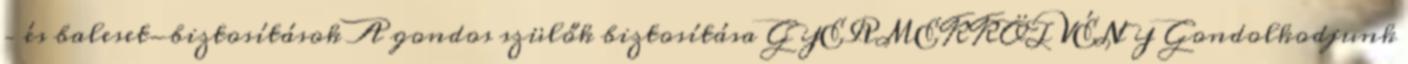
– és baleset-biztosítások A gondos szülők biztosítása GYERMEKKÖTVÉNY Gondolkodjunk